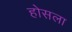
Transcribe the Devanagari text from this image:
होसला